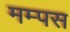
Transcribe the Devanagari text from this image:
मम्पस